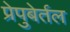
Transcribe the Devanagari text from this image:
प्रेपुबेर्तल